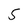
Character: 5